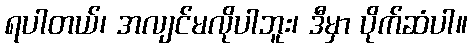
ရပါတယ်၊ အလျင်မလိုပါဘူး၊ ဒီမှာ ပိုက်ဆံပါ။